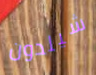
شيلدون